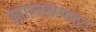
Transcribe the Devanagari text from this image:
लागतातत्यातुन